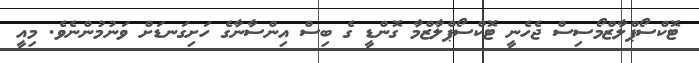
ޓޮކްސޯޕްލާޒްމޯސިސް ޖެހެނީ ޓޮކްސޯޕްލާޒްމާ ގޮންޑީ ގެ ބިސް އިންސާނާގެ ހަށިގަނޑަށް ވަނުމުންނެވެ. މިއީ